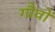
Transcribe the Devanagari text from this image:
गौवों